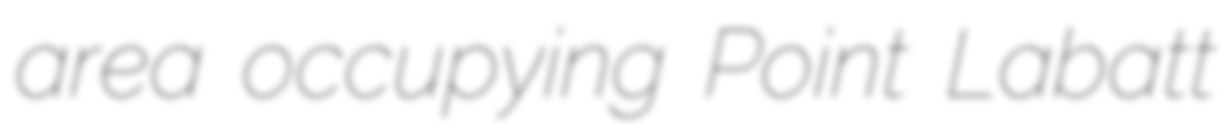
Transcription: area occupying Point Labatt